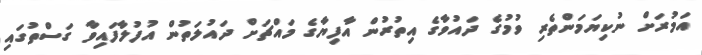
އަމުރަށް ނުކިޔަމަންތެރި ވުމުގެ ދައުވާގެ އިތުރުން އާފިޔާގެ މައްޗަށް ދައުލަތުން އުފުލާފައިވާ ގަސްތުގައި